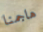
هاجمنا